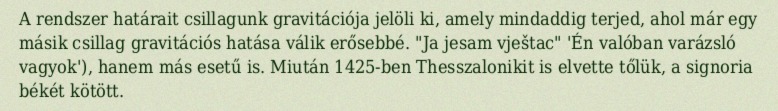
A rendszer határait csillagunk gravitációja jelöli ki, amely mindaddig terjed, ahol már egy másik csillag gravitációs hatása válik erősebbé. "Ja jesam vještac" 'Én valóban varázsló vagyok'), hanem más esetű is. Miután 1425-ben Thesszalonikit is elvette tőlük, a signoria békét kötött.